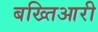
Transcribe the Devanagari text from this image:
बख्तिआरी